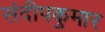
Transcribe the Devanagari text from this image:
संदीपकुमार